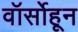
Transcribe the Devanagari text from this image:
वॉर्सोहून